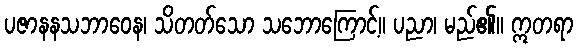
ပဇာနနသဘာဝေန၊ သိတတ်သော သဘောကြောင့်။ ပညာ၊ မည်၏။ ဣတရာ